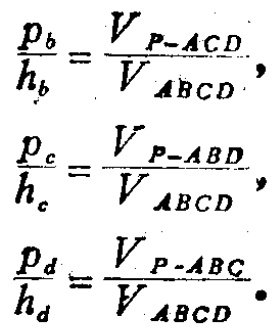
\[

\frac{p_{b}}{h_{b}}=\frac{V_{P - ACD}}{V_{ABCD}},

\]

\[

\frac{p_{c}}{h_{c}}=\frac{V_{P - ABD}}{V_{ABCD}},

\]

\[

\frac{p_{d}}{h_{d}}=\frac{V_{P - ABC}}{V_{ABCD}}.

\]